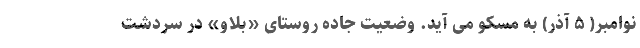
نوامبر( ۵ آذر) به مسکو می آید. وضعیت جاده روستای «بلاو» در سردشت